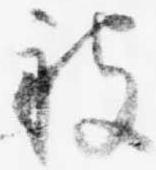
被